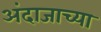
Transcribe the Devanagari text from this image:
अंदाजाच्या